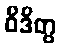
ဝိဒိတွ